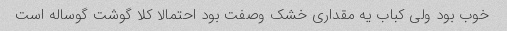
خوب بود ولی کباب یه مقداری خشک وصفت بود احتمالا کلا گوشت گوساله است